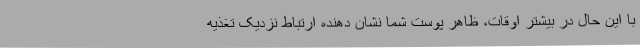
با این حال در بیشتر اوقات، ظاهر پوست شما نشان دهنده ارتباط نزدیک تغذیه